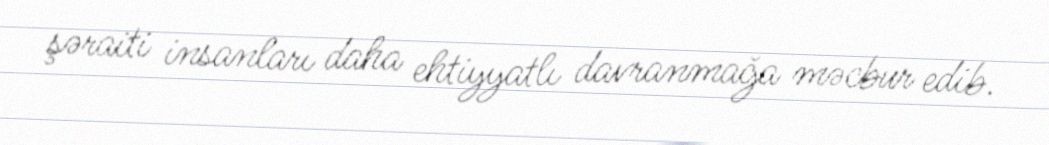
şəraiti insanları daha ehtiyyatlı davranmağa məcbur edib.